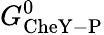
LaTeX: G_{\mathrm{CheY-P}}^{0}